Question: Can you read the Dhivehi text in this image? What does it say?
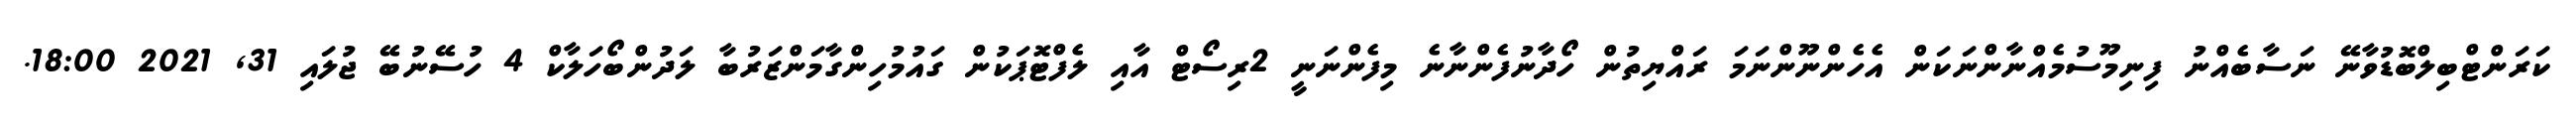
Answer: ކަރަންޓްބިލްބޮޑުވާނޭ ނަސާބެއްނު ފިނިމޫސުމެއްނާންނަކަން އެހެންނޫންނަމަ ރައްޔިތުން ހޯދާނުފެންނާނެ މިފެންނަނީ 2ރިސޯޓް އާއި ލެފްޓޮޕަކުން ގައުމުހިންގާމަންޒަރުބާ ލަދުންބޯހަލާކް 4 ހުސޭނުބޭ ޖުލައި 31, 2021 18:00.